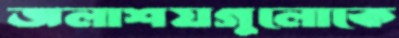
জলাশয়গুলোকে